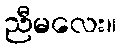
ညီမလေး။